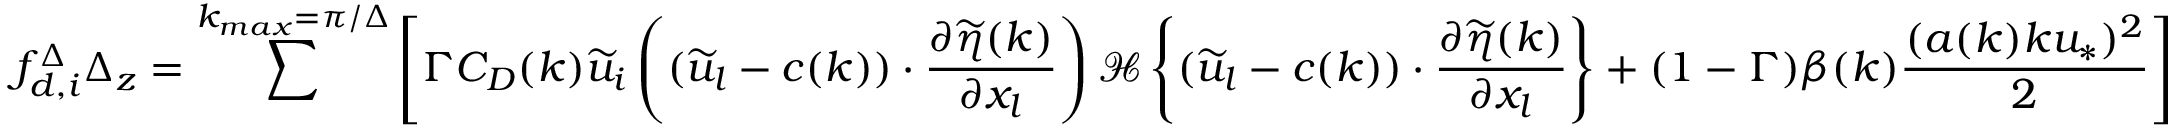
{ f _ { d , i } ^ { \Delta } } \Delta _ { z } = \sum ^ { k _ { m a x } = \pi / \Delta } \left[ \Gamma C _ { D } ( k ) \widetilde { u } _ { i } \left( ( \widetilde { u } _ { l } - c ( k ) ) \cdot \frac { \partial \widetilde { \eta } ( k ) } { \partial x _ { l } } \right) { \mathcal { H } \left\{ ( \widetilde { u } _ { l } - c ( k ) ) \cdot \frac { \partial \widetilde { \eta } ( k ) } { \partial x _ { l } } \right\} } + ( 1 - \Gamma ) \beta ( k ) \frac { ( a ( k ) k u _ { * } ) ^ { 2 } } { 2 } \right]